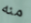
منه